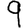
Digit: 9